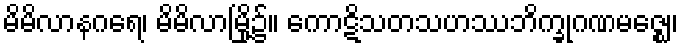
မိမိလာနဂရေ၊ မိမိလာမြို့၌။ ကောဋိသတသဟဿဘိက္ခုဂဏမဇ္ဈေ၊